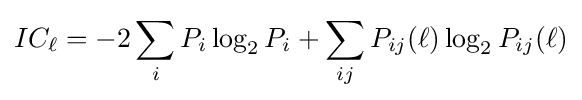
IC_{\ell }=-2\sum _{i}P_{i}\log _{2}P_{i}+\sum _{ij}P_{ij}(\ell )\log _{2}P_{ij}(\ell )